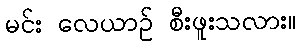
မင်း လေယာဉ် စီးဖူးသလား။